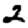
Digit: 2